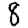
Digit: 8